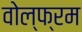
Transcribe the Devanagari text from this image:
वोल्फ्रम